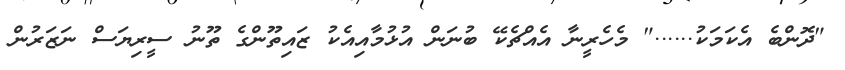
"ދޮންބެ އެކަމަކު......" މެހެރީނާ އެއްޗެކޭ ބުނަން އުޅުމާއިއެކު ޒައިތޫންގެ ތޫނު ސީރިޔަސް ނަޒަރުން